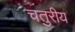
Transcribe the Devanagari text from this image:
चतुरीय